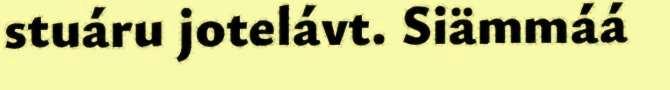
stuáru jotelávt. Siämmáá